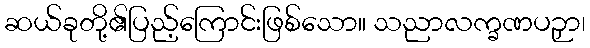
ဆယ်ခုတို့၏ပြည့်ကြောင်းဖြစ်သော။ သညာလက္ခဏပဉှာ၊